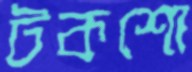
টকশো